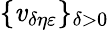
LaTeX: \{ \mathit{v}_{\delta\eta\varepsilon}\} _{\delta>0}